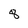
Character: 8